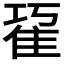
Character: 𨾢